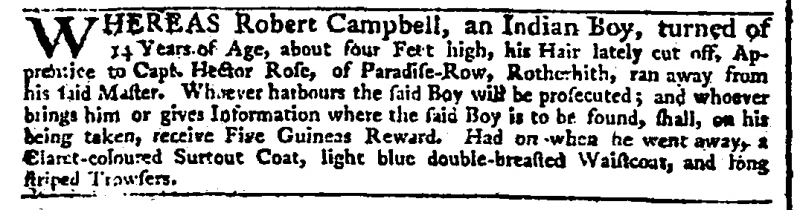
Daily Advertiser, 4 November 1774 (England)
WHEREAS Robert Campbell, an Indian Boy, turned of 14 Years of Age, about four Feet high, his Hair lately cut off, Apprentice to Capt. Hector Rose, of Paradise-Row, Rotherhith, ran away from his said Master. Whoever harbours the said Boy will be prosecuted; and whoever brings him or gives Information where the said Boy is to be found, shall, on his being taken, receive Five Guineas Reward. Had on when he went away, a Claret-coloured Surtout Coat, light blue double-breasted Waistcoat, and long striped Trowsers.